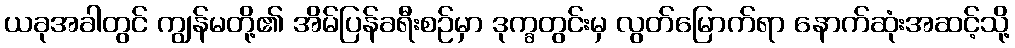
ယခုအခါတွင် ကျွန်မတို့၏ အိမ်ပြန်ခရီးစဉ်မှာ ဒုက္ခတွင်းမှ လွတ်မြောက်ရာ နောက်ဆုံးအဆင့်သို့